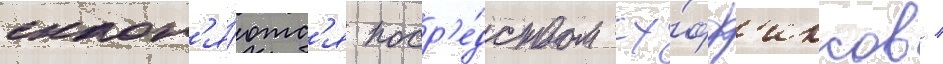
склон'я́ютс'я поср'е́дством су́фф'иксов /